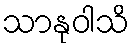
သာနုဝါသိ